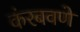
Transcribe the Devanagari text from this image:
कंरबवणे